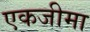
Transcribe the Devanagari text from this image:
एकजीमा